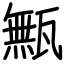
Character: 甒